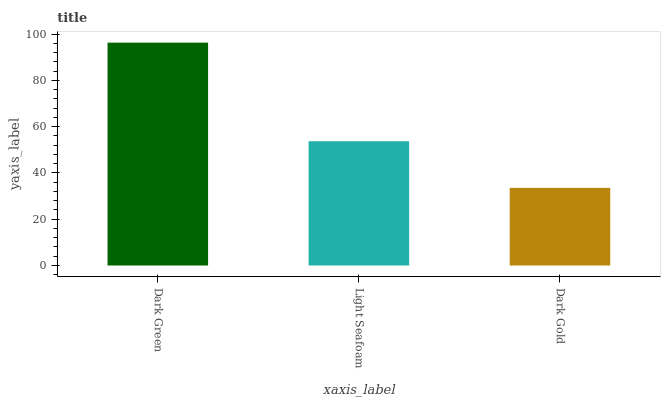
| xaxis_label | bars |
 | --- | --- |
 | Dark Green | 96.3 |
 | Light Seafoam | 53.7 |
 | Dark Gold | 33.5 |